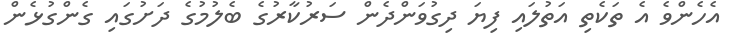
އެހެންވެ އެ ތަކެތި އަތުލައި ފިޔަ ދިގުވަންދެން ސަރުކާރުގެ ބެލުމުގެ ދަށުގައި ގެންގުޅެން